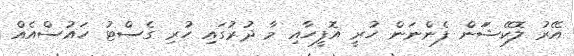
އޭރު ލޮކޭޝަަން ފެންނަން ހުރީ އޮފީހާއި މާ ދުރުގައި ހުރި ގެސްޓު ހައުސްއެއް